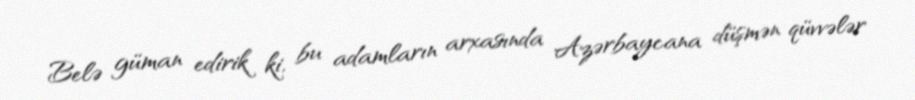
Belə güman edirik ki, bu adamların arxasında Azərbaycana düşmən qüvvələr